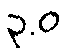
၃.ဝ